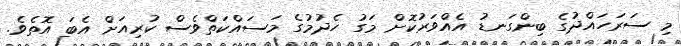
މި ސަރަހައްދުގެ ބިންގަނޑު އެއްވަރުކޮށް މަގު ހެދުމުގެ މަސައްކަތްވެސް ކުރިއަށް އެބަ އޮތެވެ.